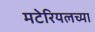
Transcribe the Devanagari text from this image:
मटेरियलच्या